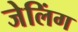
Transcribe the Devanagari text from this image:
जेलिंग